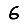
Digit: 6